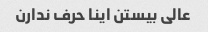
عالی بیستن اینا حرف ندارن